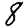
Digit: 8